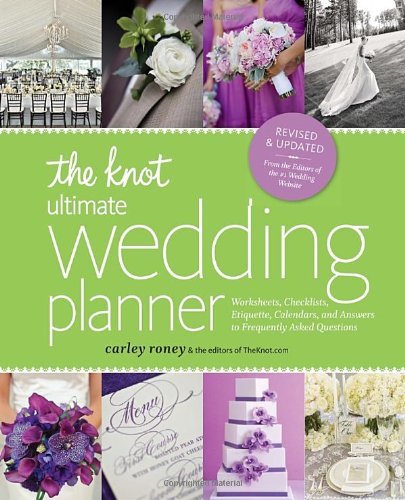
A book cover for The Knot Ultimate Wedding Planner [Revised Edition]: Worksheets, Checklists, Etiquette, Timelines, and Answers to Frequently Asked Questions; Carley Roney; Crafts, Hobbies & Home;